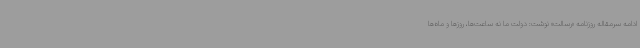
ادامه سرمقاله روزنامه «رسالت» نوشت: دولت ما نه ساعت‌ها، روزها و ماه‌ها